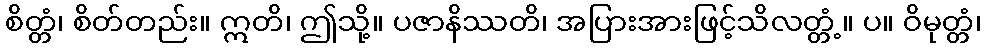
စိတ္တံ၊ စိတ်တည်း။ ဣတိ၊ ဤသို့။ ပဇာနိဿတိ၊ အပြားအားဖြင့်သိလတ္တံ့။ ပ။ ဝိမုတ္တံ၊